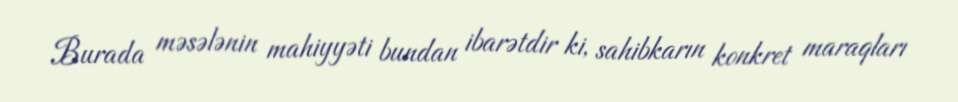
Burada məsələnin mahiyyəti bundan ibarətdir ki, sahibkarın konkret maraqları